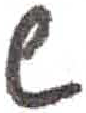
אות: ש